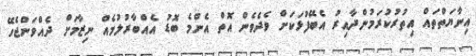
އިނާޔަތްތައް އިތުރުކުރަމުންދާއިރު އެބޭފުޅަކަށް ވެދެވެން އޮތް އެންމެ ބޮޑު އެއްބާރުލުމެއް ނިޒާމަށް ދެއްވަންޖެހޭ